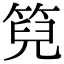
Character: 𮅙